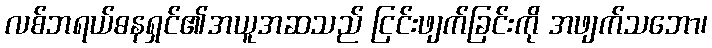
လစ်ဘရယ်ဓနရှင်၏အယူအဆသည် ငြင်းဖျက်ခြင်းကို အဖျက်သဘော၊